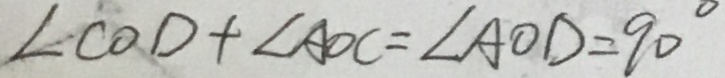
\angle C O D + \angle A O C = \angle A O D = 9 0 ^ { \circ }